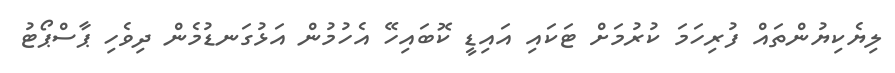
ލިޔެކިޔުންތައް ފުރިހަމަ ކުރުމަށް ޓަކައި އައިޑީ ކޮބައިހޭ އެހުމުން އަޅުގަނޑުމެން ދިވެހި ޕާސްޕޯޓު